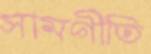
সামগীতি